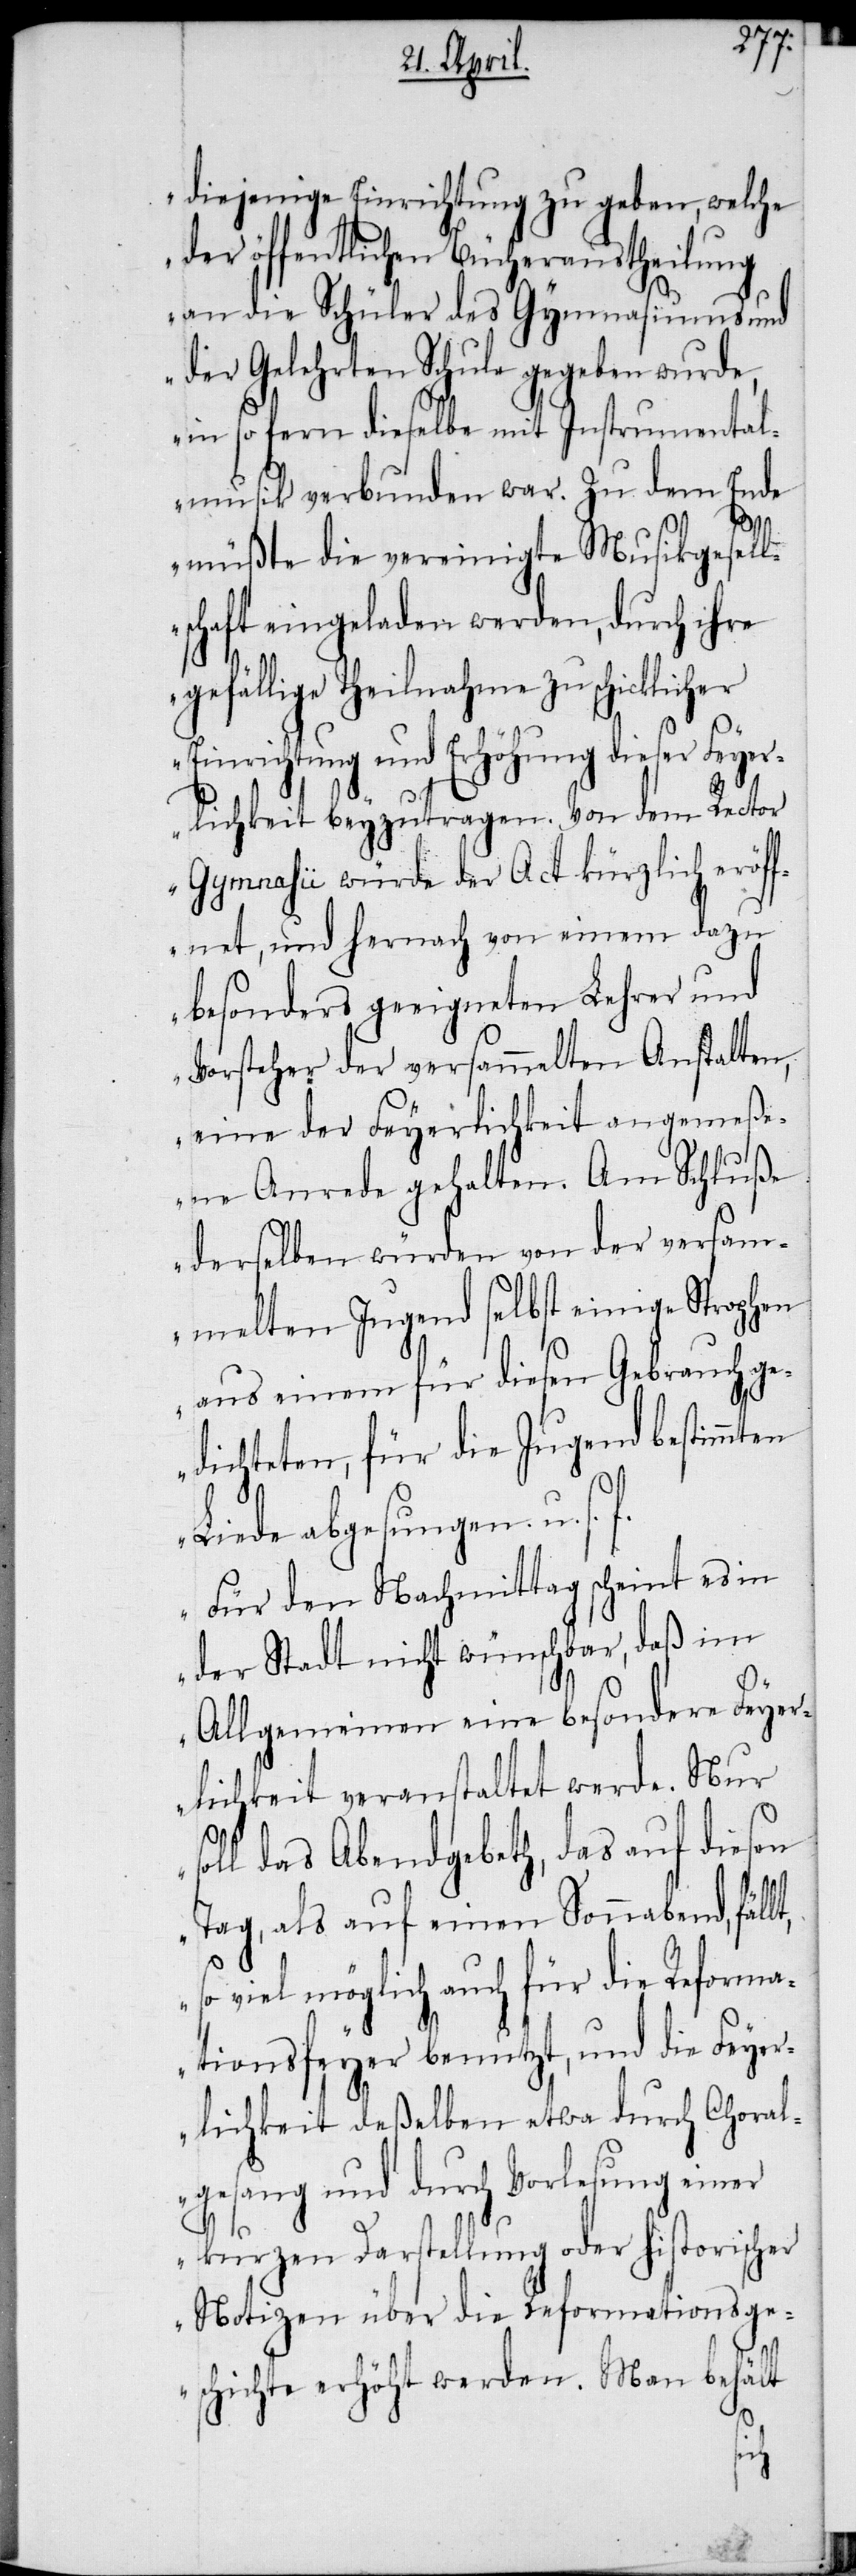
diejenige Einrichtung zu geben, welche
er öffentlichen Bücheraustheilung
an die Schüler des Gymnasiums und
der Gelehrten Schule gegeben wurde,
in so fern dieselbe mit Instrumental¬
musik verbunden war. Zu dem Ende
müßte die vereinigte Musikgesell¬
schaft eingeladen werden, durch ihre
gefällige Theilnahme zu schicklicher
nrichtung und Erhöhung dieser Feye¬
rlichkeit beyzutragen. Von dem Rector
Gymnasîi würde der Act kürzlich eröf¬
fnet, und hernach von einem dazu
besonders geeigneten Lehrer und
Vorsteher der versammelten Anstalten,
eine der Feyerlichkeit angemeße¬
ne Anrede gehalten. Am Schluße
derselben würden von der versam¬
melten Jugend selbst einige Strophen
aus einem für diesen Gebrauch ge¬
dichteten, für die Jugend bestimmten
Liede abgesungen u. s.
Für den Nachmittag scheint es in
der Stadt nicht wünschbar, daß im
Allgemeinen eine besondere Feyer¬
lichkeit veranstaltet werde. Nur
soll das Abendgebeth, das auf diesen
Tag, als auf einen Sonnabend, fällt,
viel möglich auch für die Reforma¬
tionsfeyer benutzt, und die Feyer¬
lichkeit deßelben etwa durch Choral¬
gesang und durch Vorlesung einer
kurzen Darstellung oder historisc¬
Notizen über die Reformationsge¬
schichte erhöht werden. Man behält
her